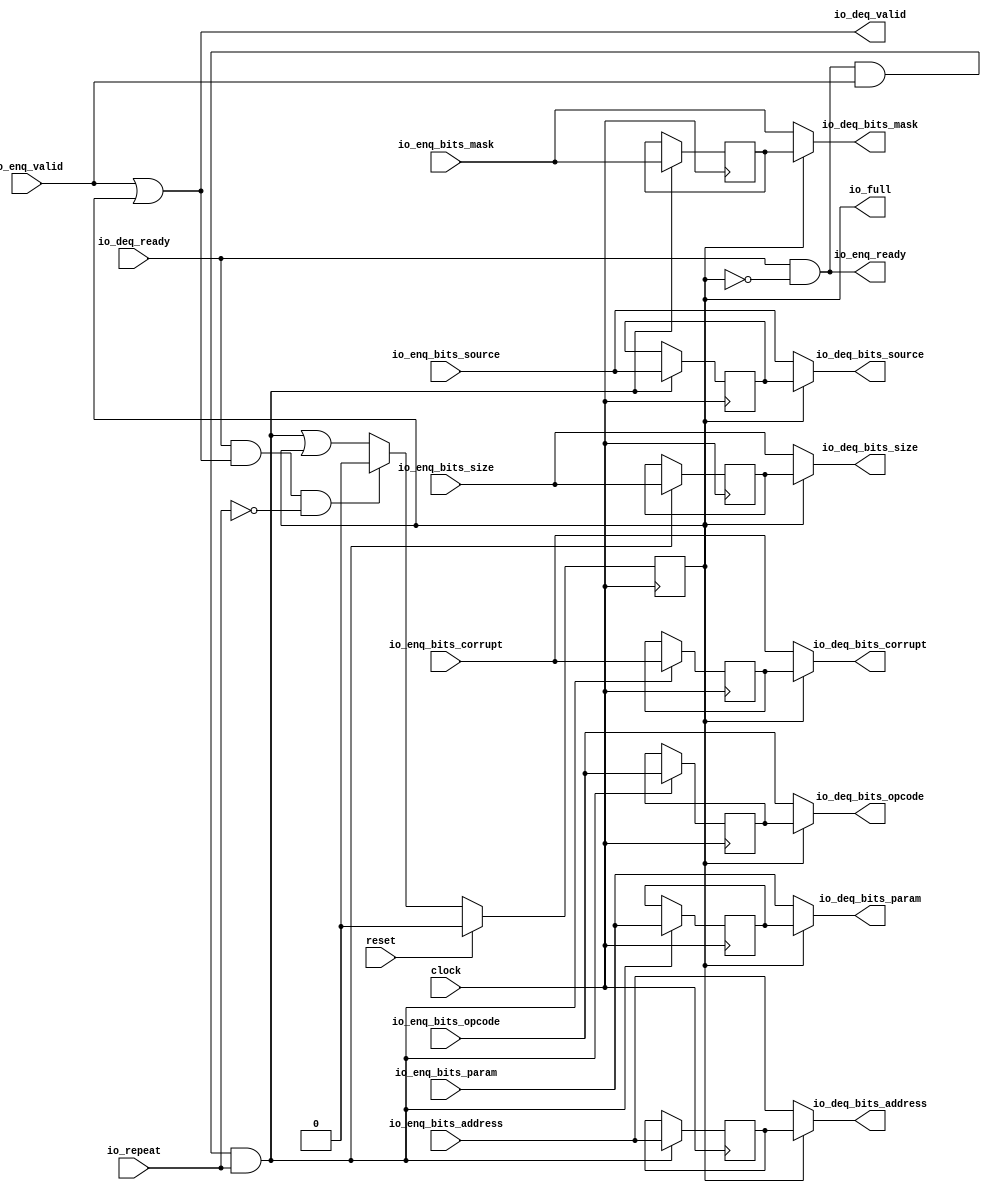
module Repeater_1( // @[:freechips.rocketchip.system.DefaultRV32Config.fir@60967.2]
  input         clock, // @[:freechips.rocketchip.system.DefaultRV32Config.fir@60968.4]
  input         reset, // @[:freechips.rocketchip.system.DefaultRV32Config.fir@60969.4]
  input         io_repeat, // @[:freechips.rocketchip.system.DefaultRV32Config.fir@60970.4]
  output        io_full, // @[:freechips.rocketchip.system.DefaultRV32Config.fir@60970.4]
  output        io_enq_ready, // @[:freechips.rocketchip.system.DefaultRV32Config.fir@60970.4]
  input         io_enq_valid, // @[:freechips.rocketchip.system.DefaultRV32Config.fir@60970.4]
  input  [2:0]  io_enq_bits_opcode, // @[:freechips.rocketchip.system.DefaultRV32Config.fir@60970.4]
  input  [2:0]  io_enq_bits_param, // @[:freechips.rocketchip.system.DefaultRV32Config.fir@60970.4]
  input  [2:0]  io_enq_bits_size, // @[:freechips.rocketchip.system.DefaultRV32Config.fir@60970.4]
  input  [4:0]  io_enq_bits_source, // @[:freechips.rocketchip.system.DefaultRV32Config.fir@60970.4]
  input  [27:0] io_enq_bits_address, // @[:freechips.rocketchip.system.DefaultRV32Config.fir@60970.4]
  input  [3:0]  io_enq_bits_mask, // @[:freechips.rocketchip.system.DefaultRV32Config.fir@60970.4]
  input         io_enq_bits_corrupt, // @[:freechips.rocketchip.system.DefaultRV32Config.fir@60970.4]
  input         io_deq_ready, // @[:freechips.rocketchip.system.DefaultRV32Config.fir@60970.4]
  output        io_deq_valid, // @[:freechips.rocketchip.system.DefaultRV32Config.fir@60970.4]
  output [2:0]  io_deq_bits_opcode, // @[:freechips.rocketchip.system.DefaultRV32Config.fir@60970.4]
  output [2:0]  io_deq_bits_param, // @[:freechips.rocketchip.system.DefaultRV32Config.fir@60970.4]
  output [2:0]  io_deq_bits_size, // @[:freechips.rocketchip.system.DefaultRV32Config.fir@60970.4]
  output [4:0]  io_deq_bits_source, // @[:freechips.rocketchip.system.DefaultRV32Config.fir@60970.4]
  output [27:0] io_deq_bits_address, // @[:freechips.rocketchip.system.DefaultRV32Config.fir@60970.4]
  output [3:0]  io_deq_bits_mask, // @[:freechips.rocketchip.system.DefaultRV32Config.fir@60970.4]
  output        io_deq_bits_corrupt // @[:freechips.rocketchip.system.DefaultRV32Config.fir@60970.4]
);
`ifdef RANDOMIZE_REG_INIT
  reg [31:0] _RAND_0;
  reg [31:0] _RAND_1;
  reg [31:0] _RAND_2;
  reg [31:0] _RAND_3;
  reg [31:0] _RAND_4;
  reg [31:0] _RAND_5;
  reg [31:0] _RAND_6;
  reg [31:0] _RAND_7;
`endif // RANDOMIZE_REG_INIT
  reg  full; // @[Repeater.scala 19:21:freechips.rocketchip.system.DefaultRV32Config.fir@60972.4]
  reg [2:0] saved_opcode; // @[Repeater.scala 20:18:freechips.rocketchip.system.DefaultRV32Config.fir@60973.4]
  reg [2:0] saved_param; // @[Repeater.scala 20:18:freechips.rocketchip.system.DefaultRV32Config.fir@60973.4]
  reg [2:0] saved_size; // @[Repeater.scala 20:18:freechips.rocketchip.system.DefaultRV32Config.fir@60973.4]
  reg [4:0] saved_source; // @[Repeater.scala 20:18:freechips.rocketchip.system.DefaultRV32Config.fir@60973.4]
  reg [27:0] saved_address; // @[Repeater.scala 20:18:freechips.rocketchip.system.DefaultRV32Config.fir@60973.4]
  reg [3:0] saved_mask; // @[Repeater.scala 20:18:freechips.rocketchip.system.DefaultRV32Config.fir@60973.4]
  reg  saved_corrupt; // @[Repeater.scala 20:18:freechips.rocketchip.system.DefaultRV32Config.fir@60973.4]
  wire  _T_1; // @[Repeater.scala 24:35:freechips.rocketchip.system.DefaultRV32Config.fir@60976.4]
  wire  _T_4; // @[Decoupled.scala 40:37:freechips.rocketchip.system.DefaultRV32Config.fir@60989.4]
  wire  _T_5; // @[Repeater.scala 28:23:freechips.rocketchip.system.DefaultRV32Config.fir@60990.4]
  wire  _GEN_0; // @[Repeater.scala 28:38:freechips.rocketchip.system.DefaultRV32Config.fir@60991.4]
  wire  _T_6; // @[Decoupled.scala 40:37:freechips.rocketchip.system.DefaultRV32Config.fir@61002.4]
  wire  _T_7; // @[Repeater.scala 29:26:freechips.rocketchip.system.DefaultRV32Config.fir@61003.4]
  wire  _T_8; // @[Repeater.scala 29:23:freechips.rocketchip.system.DefaultRV32Config.fir@61004.4]
  assign _T_1 = ~full; // @[Repeater.scala 24:35:freechips.rocketchip.system.DefaultRV32Config.fir@60976.4]
  assign _T_4 = io_enq_ready & io_enq_valid; // @[Decoupled.scala 40:37:freechips.rocketchip.system.DefaultRV32Config.fir@60989.4]
  assign _T_5 = _T_4 & io_repeat; // @[Repeater.scala 28:23:freechips.rocketchip.system.DefaultRV32Config.fir@60990.4]
  assign _GEN_0 = _T_5 | full; // @[Repeater.scala 28:38:freechips.rocketchip.system.DefaultRV32Config.fir@60991.4]
  assign _T_6 = io_deq_ready & io_deq_valid; // @[Decoupled.scala 40:37:freechips.rocketchip.system.DefaultRV32Config.fir@61002.4]
  assign _T_7 = ~io_repeat; // @[Repeater.scala 29:26:freechips.rocketchip.system.DefaultRV32Config.fir@61003.4]
  assign _T_8 = _T_6 & _T_7; // @[Repeater.scala 29:23:freechips.rocketchip.system.DefaultRV32Config.fir@61004.4]
  assign io_full = full; // @[Repeater.scala 26:11:freechips.rocketchip.system.DefaultRV32Config.fir@60988.4]
  assign io_enq_ready = io_deq_ready & _T_1; // @[Repeater.scala 24:16:freechips.rocketchip.system.DefaultRV32Config.fir@60978.4]
  assign io_deq_valid = io_enq_valid | full; // @[Repeater.scala 23:16:freechips.rocketchip.system.DefaultRV32Config.fir@60975.4]
  assign io_deq_bits_opcode = full ? saved_opcode : io_enq_bits_opcode; // @[Repeater.scala 25:15:freechips.rocketchip.system.DefaultRV32Config.fir@60987.4]
  assign io_deq_bits_param = full ? saved_param : io_enq_bits_param; // @[Repeater.scala 25:15:freechips.rocketchip.system.DefaultRV32Config.fir@60986.4]
  assign io_deq_bits_size = full ? saved_size : io_enq_bits_size; // @[Repeater.scala 25:15:freechips.rocketchip.system.DefaultRV32Config.fir@60985.4]
  assign io_deq_bits_source = full ? saved_source : io_enq_bits_source; // @[Repeater.scala 25:15:freechips.rocketchip.system.DefaultRV32Config.fir@60984.4]
  assign io_deq_bits_address = full ? saved_address : io_enq_bits_address; // @[Repeater.scala 25:15:freechips.rocketchip.system.DefaultRV32Config.fir@60983.4]
  assign io_deq_bits_mask = full ? saved_mask : io_enq_bits_mask; // @[Repeater.scala 25:15:freechips.rocketchip.system.DefaultRV32Config.fir@60982.4]
  assign io_deq_bits_corrupt = full ? saved_corrupt : io_enq_bits_corrupt; // @[Repeater.scala 25:15:freechips.rocketchip.system.DefaultRV32Config.fir@60980.4]
`ifdef RANDOMIZE_GARBAGE_ASSIGN
`define RANDOMIZE
`endif
`ifdef RANDOMIZE_INVALID_ASSIGN
`define RANDOMIZE
`endif
`ifdef RANDOMIZE_REG_INIT
`define RANDOMIZE
`endif
`ifdef RANDOMIZE_MEM_INIT
`define RANDOMIZE
`endif
`ifndef RANDOM
`define RANDOM $random
`endif
`ifdef RANDOMIZE_MEM_INIT
  integer initvar;
`endif
`ifndef SYNTHESIS
`ifdef FIRRTL_BEFORE_INITIAL
`FIRRTL_BEFORE_INITIAL
`endif
initial begin
  `ifdef RANDOMIZE
    `ifdef INIT_RANDOM
      `INIT_RANDOM
    `endif
    `ifndef VERILATOR
      `ifdef RANDOMIZE_DELAY
        #`RANDOMIZE_DELAY begin end
      `else
        #0.002 begin end
      `endif
    `endif
`ifdef RANDOMIZE_REG_INIT
  _RAND_0 = {1{`RANDOM}};
  full = _RAND_0[0:0];
  _RAND_1 = {1{`RANDOM}};
  saved_opcode = _RAND_1[2:0];
  _RAND_2 = {1{`RANDOM}};
  saved_param = _RAND_2[2:0];
  _RAND_3 = {1{`RANDOM}};
  saved_size = _RAND_3[2:0];
  _RAND_4 = {1{`RANDOM}};
  saved_source = _RAND_4[4:0];
  _RAND_5 = {1{`RANDOM}};
  saved_address = _RAND_5[27:0];
  _RAND_6 = {1{`RANDOM}};
  saved_mask = _RAND_6[3:0];
  _RAND_7 = {1{`RANDOM}};
  saved_corrupt = _RAND_7[0:0];
`endif // RANDOMIZE_REG_INIT
  `endif // RANDOMIZE
end // initial
`ifdef FIRRTL_AFTER_INITIAL
`FIRRTL_AFTER_INITIAL
`endif
`endif // SYNTHESIS
  always @(posedge clock) begin
    if (reset) begin
      full <= 1'h0;
    end else if (_T_8) begin
      full <= 1'h0;
    end else begin
      full <= _GEN_0;
    end
    if (_T_5) begin
      saved_opcode <= io_enq_bits_opcode;
    end
    if (_T_5) begin
      saved_param <= io_enq_bits_param;
    end
    if (_T_5) begin
      saved_size <= io_enq_bits_size;
    end
    if (_T_5) begin
      saved_source <= io_enq_bits_source;
    end
    if (_T_5) begin
      saved_address <= io_enq_bits_address;
    end
    if (_T_5) begin
      saved_mask <= io_enq_bits_mask;
    end
    if (_T_5) begin
      saved_corrupt <= io_enq_bits_corrupt;
    end
  end
endmodule